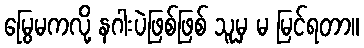
မြွေမကလို့ နဂါးပဲဖြစ်ဖြစ် သူမှ မ မြင်ရတာ။